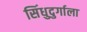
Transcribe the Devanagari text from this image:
सिंधुदुर्गाला